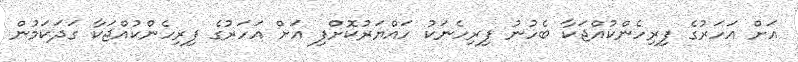
އަށް އަހަރުގެ ފިރިހެންކުއްޖަކާ ބެހުނު ފިރިހެނަކު ހައްޔަރުކޮށްފި އަށް އަހަރުގެ ފިރިހެންކުއްޖަކާ ގަދަކަމުން